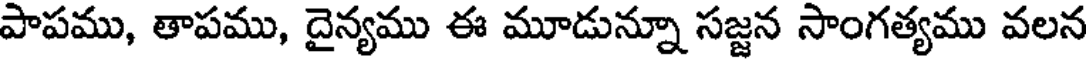
పాపము, తాపము, దైన్యము ఈ మూడున్నూ సజ్జన సాంగత్యము వలన